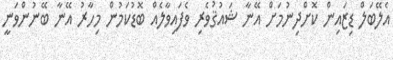
އެލޭބަލް ޑިޒައިން ކޮށްދިނުމަށް އޭނާ ޝައުޤުވެރި ވެފައިވާލެއް ބޮޑުކަމުން މިހާރު އޭނާ ބޭނުންވަނީ